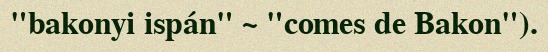
"bakonyi ispán" ~ "comes de Bakon").